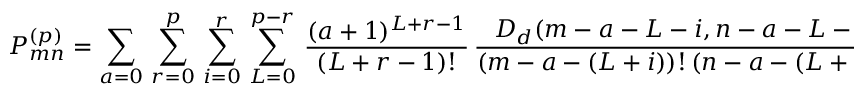
{ \cal P } _ { m n } ^ { ( p ) } = \sum _ { a = 0 } \, \sum _ { r = 0 } ^ { p } \, \sum _ { i = 0 } ^ { r } \, \sum _ { L = 0 } ^ { p - r } \, \frac { ( a + 1 ) ^ { L + r - 1 } } { ( L + r - 1 ) ! } \, \frac { D _ { d } ( m - a - L - i , n - a - L - r + i ) } { ( m - a - ( L + i ) ) ! \, ( n - a - ( L + r - i ) ) ! } \, P _ { L + i , L + r - i } \, .